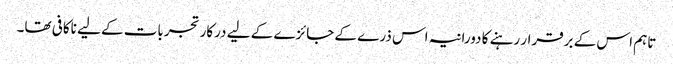
تاہم اس کے برقرار رہنے کا دورانیہ اس ذرے کے جائزے کے لیے درکار تجربات کے لیے ناکافی تھا۔